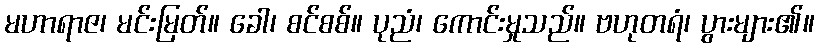
မဟာရာဇ၊ မင်းမြတ်။ ခေါ၊ စင်စစ်။ ပုညံ၊ ကောင်းမှုသည်။ ဗဟုတရံ၊ ပွားများ၏။